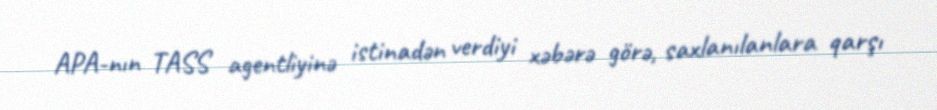
APA-nın TASS agentliyinə istinadən verdiyi xəbərə görə, saxlanılanlara qarşı